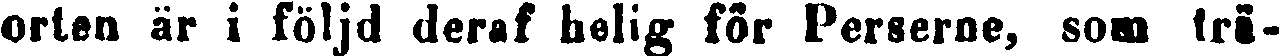
orten är i följd deraf helig för Perserns, som trä-